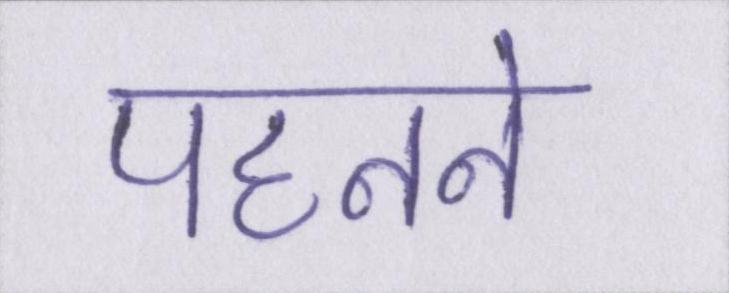
पहनने